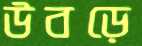
উবড়ে